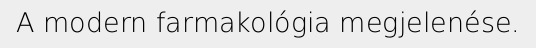
A modern farmakológia megjelenése.